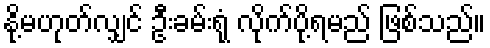
နို့မဟုတ်လျှင် ဦးခမ်းရုံ လိုက်ပို့ရမည် ဖြစ်သည်။